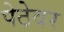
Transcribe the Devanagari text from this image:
पेठेवर